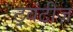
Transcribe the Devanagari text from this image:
ट्वंटीज़